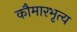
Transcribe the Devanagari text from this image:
कौमारभृत्‍य